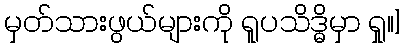
မှတ်သားဖွယ်များကို ရူပသိဒ္ဓိမှာ ရှု။]